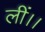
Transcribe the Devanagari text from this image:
लीं।।